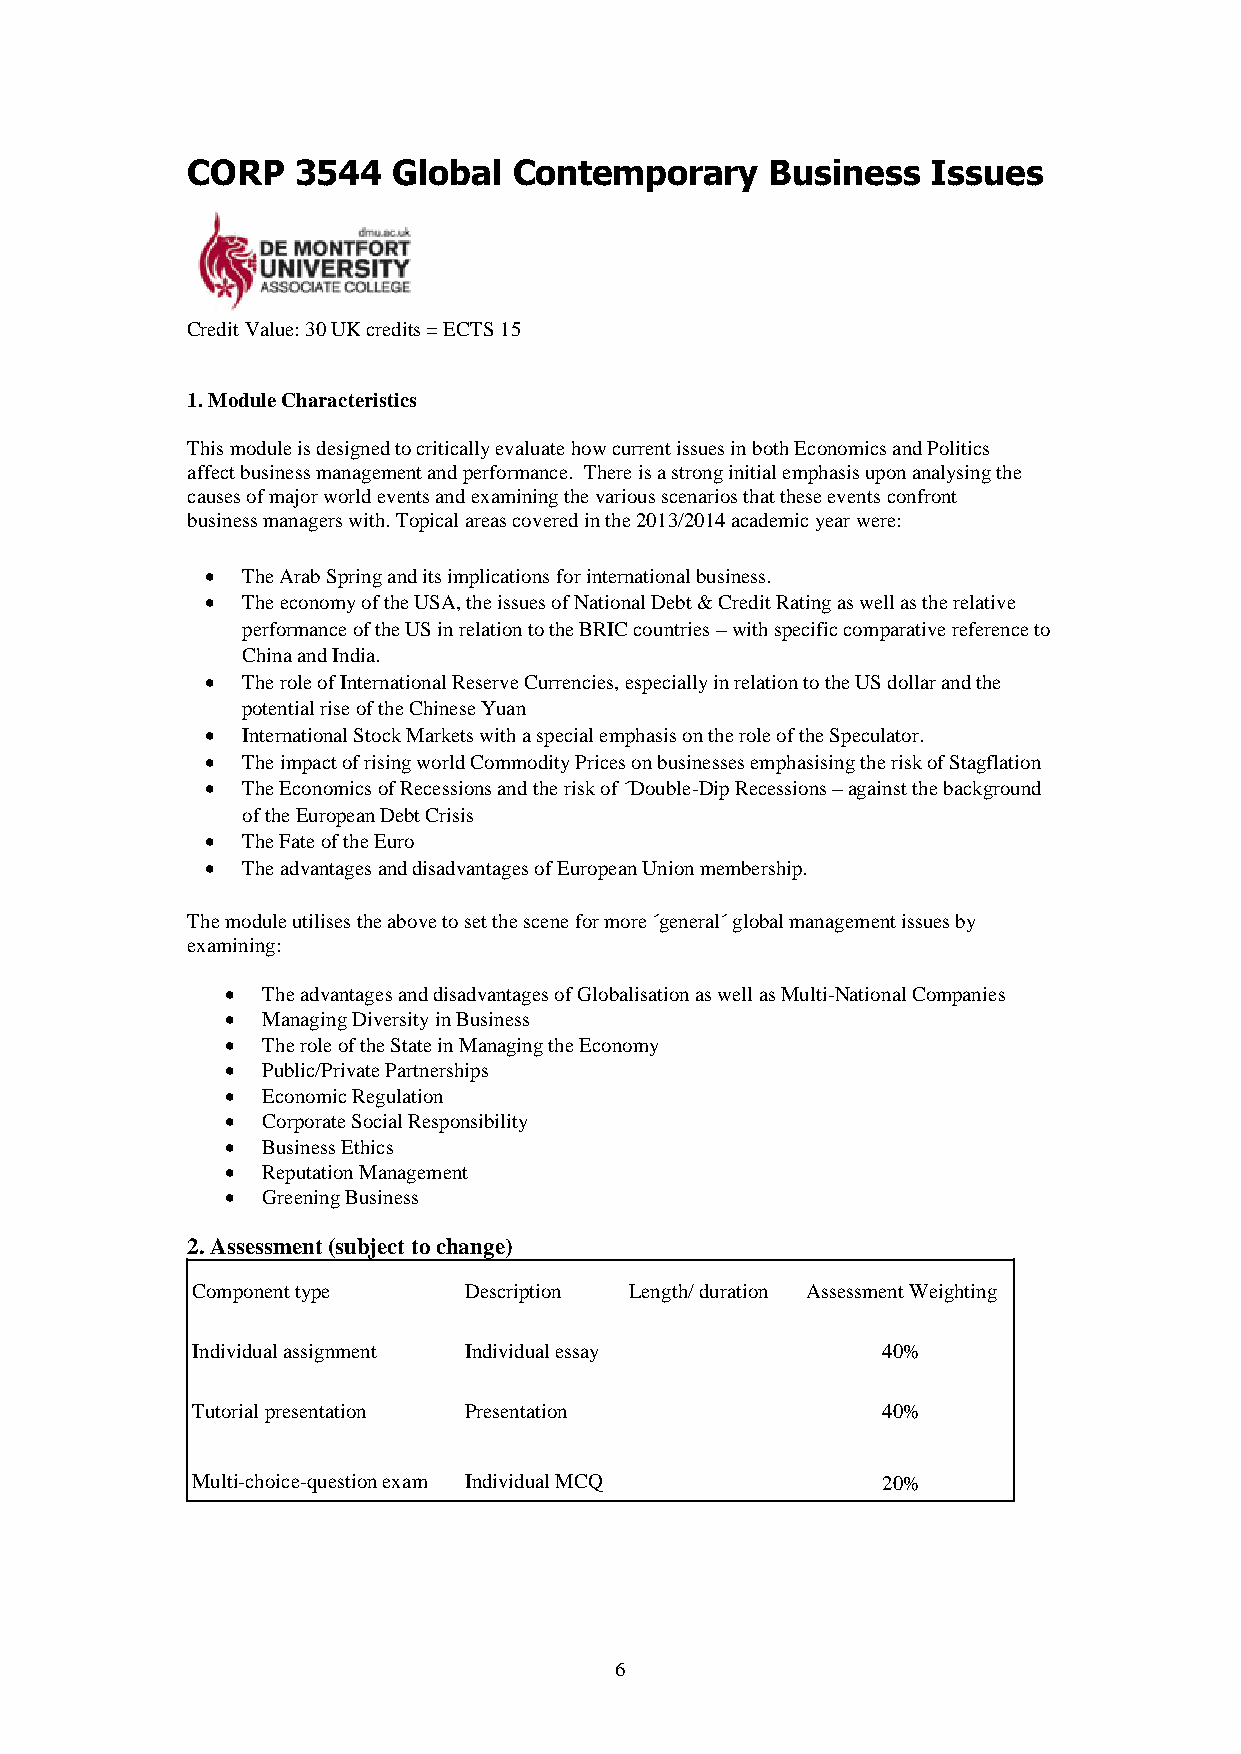
CORP    3544  Global  Contemporary     Business   Issues
 Credit Value: 30 UK credits = ECTS 15
 1. Module Characteristics
 This module is designed to critically evaluate how current issues in both Economics and Politics
 affect business management and performance. There is a strong initial emphasis upon analysing the
 causes of major world events and examining the various scenarios that these events confront
 business managers with. Topical areas covered in the 2013/2014 academic year were:
 • The Arab Spring and its implications for international business.
 • The economy of the USA, the issues of National Debt & Credit Rating as well as the relative
 performance of the US in relation to the BRIC countries – with specific comparative reference to
 China and India.
 • The role of International Reserve Currencies, especially in relation to the US dollar and the
 potential rise of the Chinese Yuan
 • International Stock Markets with a special emphasis on the role of the Speculator.
 • The impact of rising world Commodity Prices on businesses emphasising the risk of Stagflation
 • The Economics of Recessions and the risk of ´Double-Dip Recessions – against the background
 of the European Debt Crisis
 • The Fate of the Euro
 • The advantages and disadvantages of European Union membership.
 The module utilises the above to set the scene for more ´general´ global management issues by
 examining:
 • The advantages and disadvantages of Globalisation as well as Multi-National Companies
 • Managing Diversity in Business
 • The role of the State in Managing the Economy
 • Public/Private Partnerships
 • Economic Regulation
 • Corporate Social Responsibility
 • Business Ethics
 • Reputation Management
 • Greening Business
 2. Assessment (subject to change)
 Component type    Description Length/ duration Assessment Weighting
 Individual assignment Individual essay       40%
 Tutorial presentation Presentation           40%
 Multi-choice-question exam Individual MCQ    20%
 6